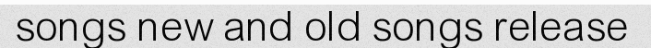
songs new and old songs release